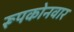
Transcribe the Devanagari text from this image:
रूपकोनवार